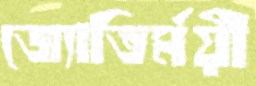
জ্যোতির্ময়ী